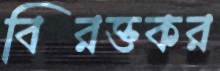
বিরক্তকর